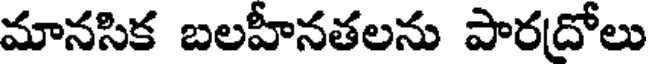
మానసిక బలహీనతలను పారద్రోలు